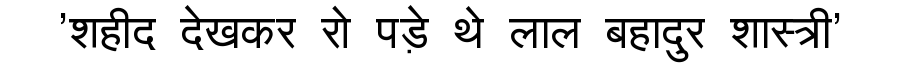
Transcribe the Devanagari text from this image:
'शहीद देखकर रो पड़े थे लाल बहादुर शास्त्री'